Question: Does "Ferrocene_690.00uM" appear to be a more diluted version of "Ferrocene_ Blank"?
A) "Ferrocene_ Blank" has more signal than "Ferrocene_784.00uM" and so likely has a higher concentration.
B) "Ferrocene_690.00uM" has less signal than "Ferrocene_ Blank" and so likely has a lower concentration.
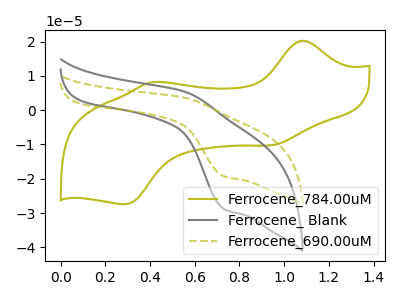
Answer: <think>The olive curve "Ferrocene_784.00uM" has anodic peaks at (1.10V, 20.25uA) (0.40V, 8.20uA) and cathodic peaks at (0.95V, -10.20uA) (0.30V, -27.40uA). The gray curve "Ferrocene_ Blank" has an anodic peak at (0.55V, 5.45uA) and a cathodic peak at (0.75V, -28.95uA). The olive dashed curve "Ferrocene_690.00uM" has an anodic peak at (0.55V, 3.65uA) and a cathodic peak at (0.75V, -19.35uA).
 All the peaks in "Ferrocene_690.00uM" have a peak in "Ferrocene_ Blank" at the same potential. Every peak in "Ferrocene_690.00uM" is lower than every peak in "Ferrocene_ Blank".</think>
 <answer>B) "Ferrocene_690.00uM" has less signal than "Ferrocene_ Blank" and so likely has a lower concentration.</answer>
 <eval>B</eval>